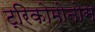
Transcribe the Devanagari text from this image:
ट्रिकोमोनोस